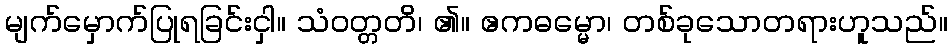
မျက်မှောက်ပြုရခြင်းငှါ။ သံဝတ္တတိ၊ ၏။ ဧကဓမ္မော၊ တစ်ခုသောတရားဟူသည်။